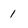
Character: 1